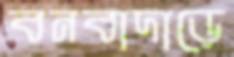
বনবাদাড়ে